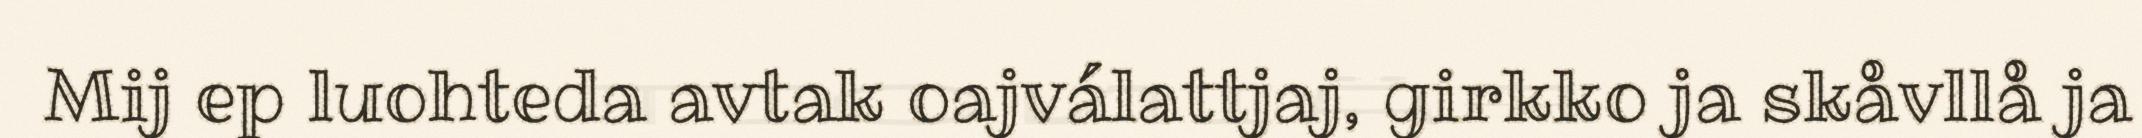
Mij ep luohteda avtak oajválattjaj, girkko ja skåvllå ja